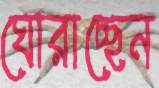
ঘোরাচ্ছেন